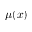
\mu ( x )